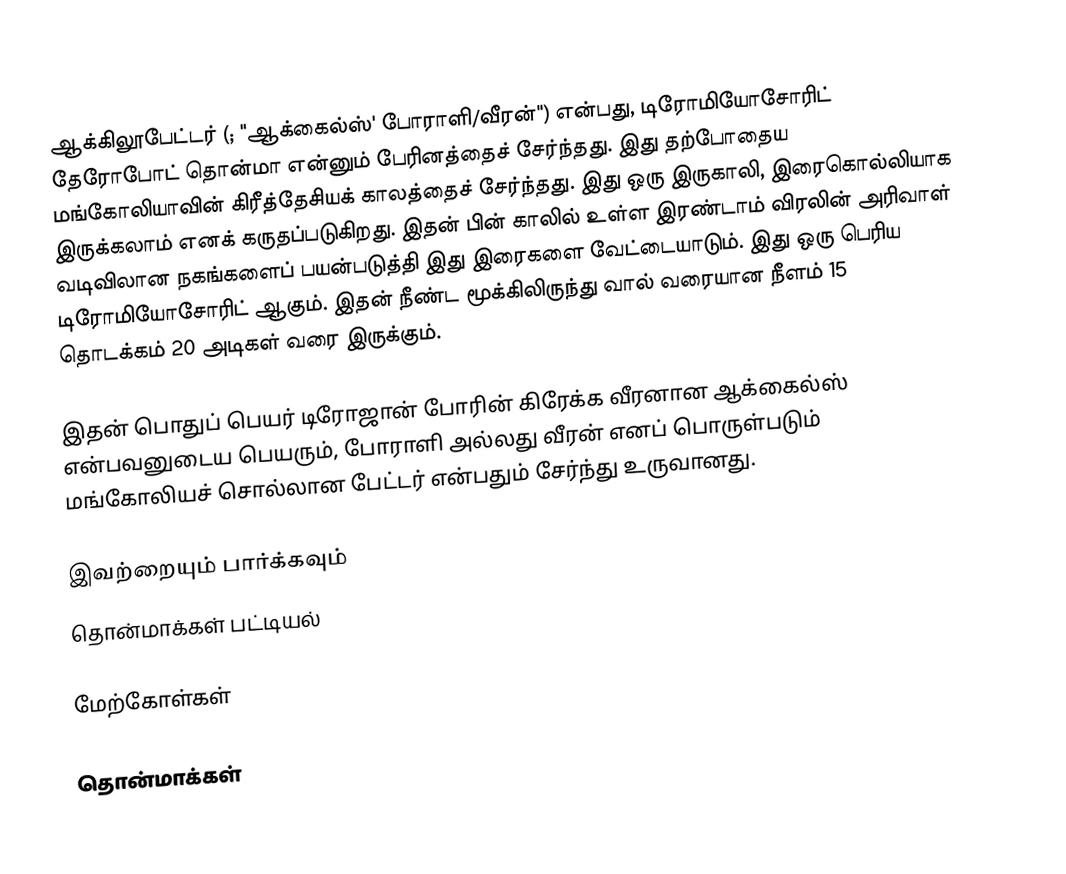
ஆக்கிலூபேட்டர் (; "ஆக்கைல்ஸ்' போராளி/வீரன்") என்பது, டிரோமியோசோரிட் தேரோபோட் தொன்மா என்னும் பேரினத்தைச் சேர்ந்தது. இது தற்போதைய மங்கோலியாவின் கிரீத்தேசியக் காலத்தைச் சேர்ந்தது. இது ஒரு இருகாலி, இரைகொல்லியாக இருக்கலாம் எனக் கருதப்படுகிறது. இதன் பின் காலில் உள்ள இரண்டாம் விரலின் அரிவாள் வடிவிலான நகங்களைப் பயன்படுத்தி இது இரைகளை வேட்டையாடும். இது ஒரு பெரிய டிரோமியோசோரிட் ஆகும். இதன் நீண்ட மூக்கிலிருந்து வால் வரையான நீளம் 15 தொடக்கம் 20 அடிகள் வரை இருக்கும்.

இதன் பொதுப் பெயர் டிரோஜான் போரின் கிரேக்க வீரனான ஆக்கைல்ஸ் என்பவனுடைய பெயரும், போராளி அல்லது வீரன் எனப் பொருள்படும் மங்கோலியச் சொல்லான பேட்டர் என்பதும் சேர்ந்து உருவானது.

இவற்றையும் பார்க்கவும்
தொன்மாக்கள் பட்டியல்

மேற்கோள்கள்

தொன்மாக்கள்